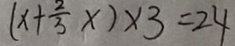
( x + \frac { 2 } { 3 } x ) \times 3 = 2 4